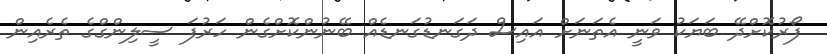
ފޯރުކޮށްދޭ ބަޔަކު ވަނީ އެތަނަށް އައިސް ދަގަނޑުގަނޑެއް ބޭނުންކޮށްގެން ހަރުފަ ސީލިންގްގެ ތެރެއިން